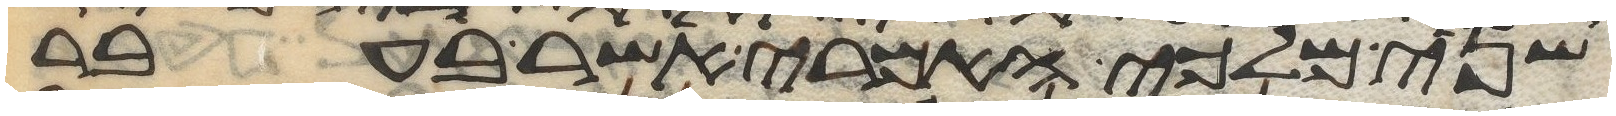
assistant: שני מלכי האמרי אשר בעבר